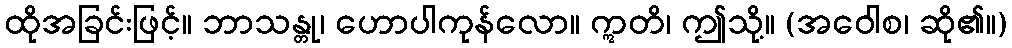
ထိုအခြင်းဖြင့်။ ဘာသန္တု၊ ဟောပါကုန်လော။ ဣတိ၊ ဤသို့။ (အဝေါစ၊ ဆို၏။)